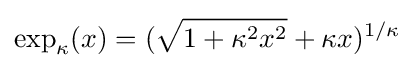
\exp _{\kappa }(x)=({\sqrt {1+\kappa ^{2}x^{2}}}+\kappa x)^{1/\kappa }